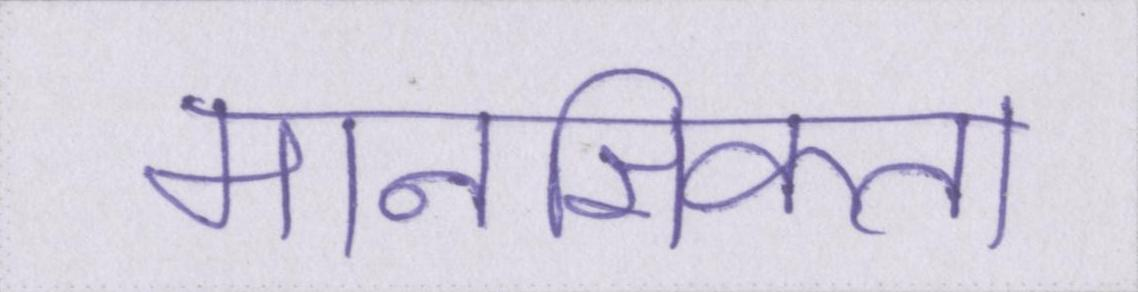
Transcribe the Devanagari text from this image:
मानसिकता